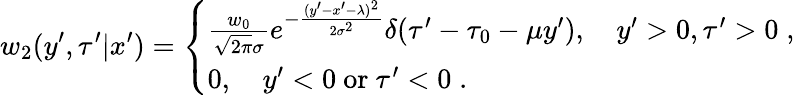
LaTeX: w_{2}(y^{\prime},\tau^{\prime}|x^{\prime})=\left\{ \begin{array}{l}{{\frac{w_{0}}{\sqrt{2\pi}\sigma}}e^{-{\frac{(y^{\prime}-x^{\prime}-\lambda)^{2}}{2\sigma^{2}}}}\delta(\tau^{\prime}-\tau_{0}-\mu y^{\prime}),\quad y^{\prime}>0,\tau^{\prime}>0\; ,}\\ {0,\quad y^{\prime}<0\mathrm{~or~}\tau^{\prime}<0\; .}\end{array}\right.